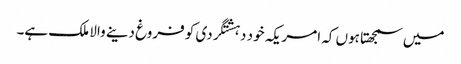
میں سمجھتا ہوں کہ امریکہ خود دہشتگردی کو فروغ دینے والا ملک ہے۔